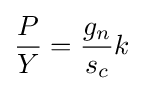
{\frac {P}{Y}}={\frac {g_{n}}{s_{c}}}k